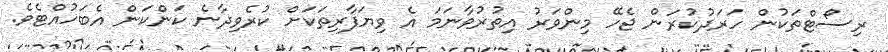
ރިސޯޓްތަކުން ހަރަދުކުރަން ޖެހޭ މިންވަރު އިތުރުވާނަމަ އެ ވިޔަފާރިތަކަށް ކުރެވިދާނެ ކަންކަން އެބަހުއްޓެވެ.